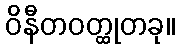
ဝိနီတဝတ္ထုတခု။